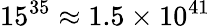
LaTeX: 15^{35}\approx 1.5\times 10^{41}